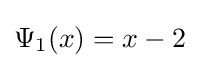
\Psi _{1}(x)=x-2